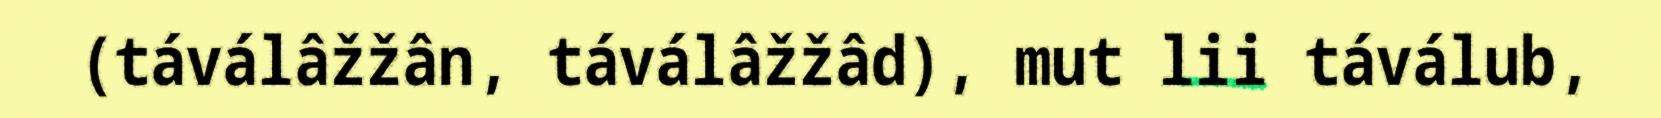
(táválâžžân, táválâžžâd), mut lii táválub,